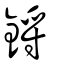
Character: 鋝